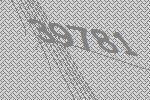
39781